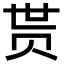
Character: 贳